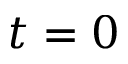
t = 0